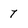
Character: 7